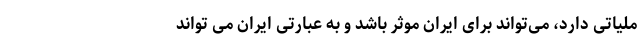
ملیاتی دارد، می‌تواند برای ایران موثر باشد و به عبارتی ایران می تواند